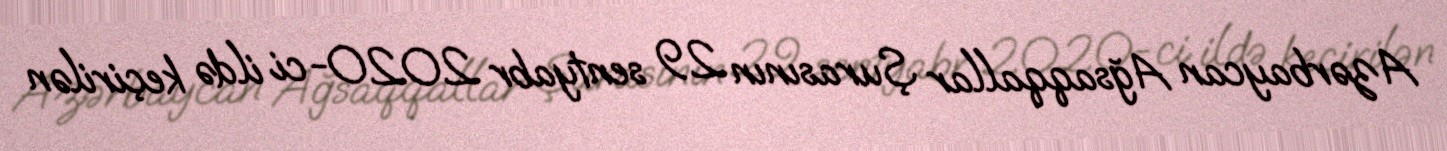
Azərbaycan Ağsaqqallar Şurasının 29 sentyabr 2020-ci ildə keçirilən